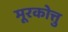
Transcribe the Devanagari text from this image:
मूरकोत्तु